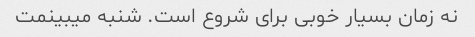
نه زمان بسیار خوبی برای شروع است. شنبه میبینمت